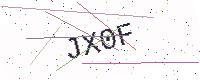
Text: JX0F